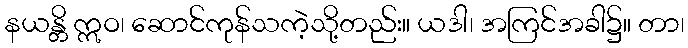
နယန္တိ ဣဝ၊ ဆောင်ကုန်သကဲ့သို့တည်း။ ယဒါ၊ အကြင်အခါ၌။ တာ၊